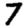
Digit: 7